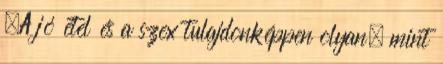
„A jó étel és a szex tulajdonképpen olyan, mint